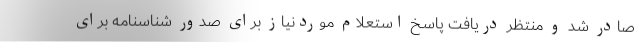
صادر شد و منتظر دریافت پاسخ استعلام موردنیاز برای صدور شناسنامه برای